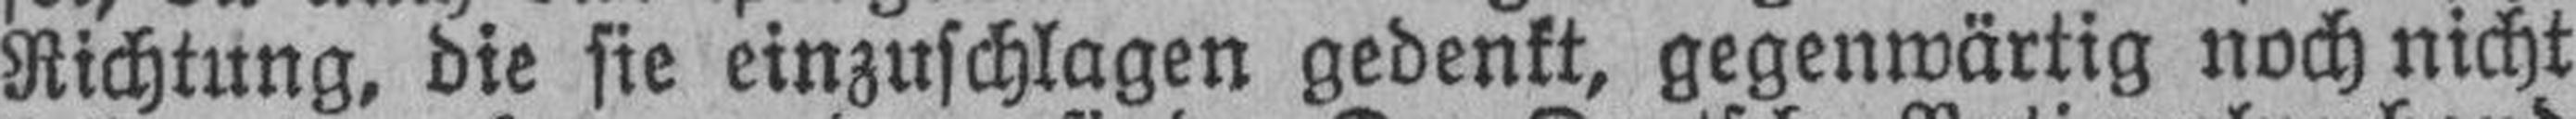
Richtung, die sie einzuschlagen gedenkt, gegenwärtig noch nicht